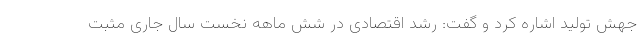
جهش تولید اشاره کرد و گفت: رشد اقتصادی در شش ماهه نخست سال جاری مثبت